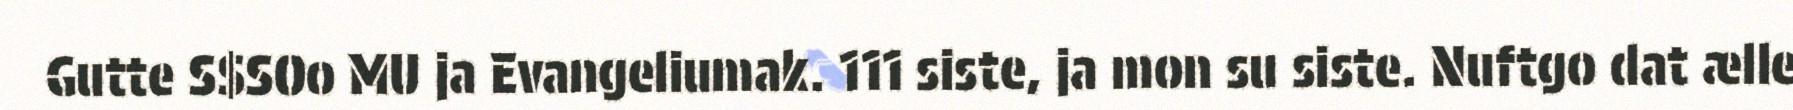
Gutte S$SOo MU ja Evangeliumak. 111 siste, ja mon su siste. Nuftgo dat ælle